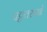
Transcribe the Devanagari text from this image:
पट्टवस्त्रानें